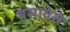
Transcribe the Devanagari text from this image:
बसावेसे